Indian journal of veterinary science and animal husbandry - Volume 5,
Year: 1935
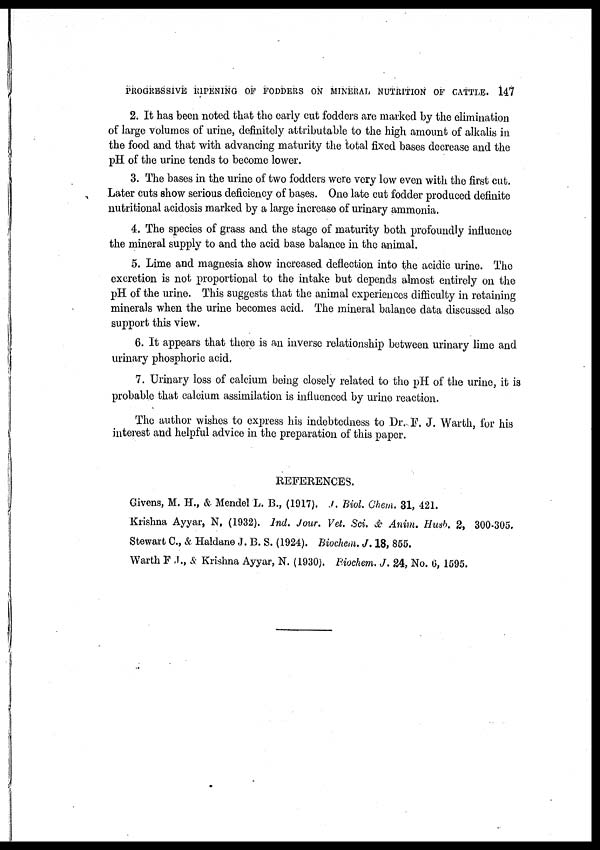
PROGRESSIVE RIPENING OF FODDERS ON MINERAL NUTRITION OF CATTLE. 147
2. It has been noted that the early cut fodders are marked by the elimination
of large volumes of urine, definitely attributable to the high amount of alkalis in
the food and that with advancing maturity the total fixed bases decrease and the
pH of the urine tends to become lower.
3. The bases in the urine of two fodders were very low even with the first cut.
Later cuts show serious deficiency of bases. One late cut fodder produced definite
nutritional acidosis marked by a large increase of urinary ammonia.
4. The species of grass and the stage of maturity both profoundly influence
the mineral supply to and the acid base balance in the animal.
5. Lime and magnesia show increased deflection into the acidic urine. The
excretion is not proportional to the intake but depends almost entirely on the
pH of the urine. This suggests that the animal experiences difficulty in retaining
minerals when the urine becomes acid. The mineral balance data discussed also
support this view.
6. It appears that there is an inverse relationship between urinary lime and
urinary phosphoric acid.
7. Urinary loss of calcium being closely related to the pH of the urine, it is
probable that calcium assimilation is influenced by urine reaction.
The author wishes to express his indebtedness to Dr. F. J. Warth, for his
interest and helpful advice in the preparation of this paper.
REFERENCES.
Givens, M. H., & Mendel L. B., (1917). J. Biol. Chem. 31, 421.
Krishna Ayyar, N, (1932). Ind. Jour. Vet. Sci. & Anim. Husb. 2, 300-305.
Stewart C., & Haldane J. B. S. (1924). Biochem. J. 18, 855.
Warth F. J., & Krishna Ayyar, N. (1930). Biochem. J. 24, No. 6, 1595.